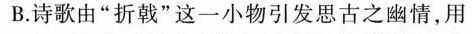
B.诗歌由”折戟”这一小物引发思古之幽情，用